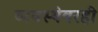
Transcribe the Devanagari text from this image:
व्यवस्थेवरही